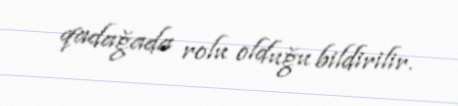
qadağada rolu olduğu bildirilir.